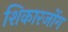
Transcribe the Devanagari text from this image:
शिकारजोंग